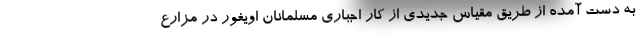
به دست آمده از طریق مقیاس جدیدی از کار اجباری مسلمانان اویغور در مزارع